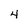
Character: 4